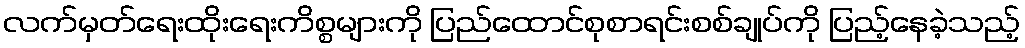
လက်မှတ်ရေးထိုးရေးကိစ္စများကို ပြည်ထောင်စုစာရင်းစစ်ချုပ်ကို ပြည့်နေခဲ့သည့်